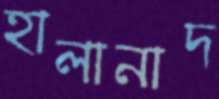
হালানাদ